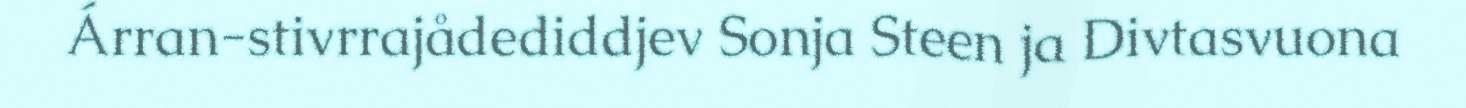
Árran-stivrrajådediddjev Sonja Steen ja Divtasvuona